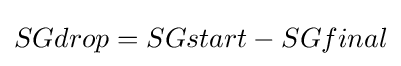
SGdrop=SGstart-SGfinal